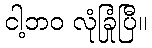
ငါ့ဘဝ လုံခြုံပြီ။